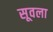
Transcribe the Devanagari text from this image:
सूवला